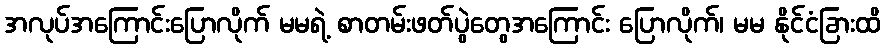
အလုပ်အကြောင်းပြောလိုက် မမရဲ့ စာတမ်းဖတ်ပွဲတွေအကြောင်း ပြောလိုက်၊ မမ နိုင်ငံခြားထိ